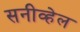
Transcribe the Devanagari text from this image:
सनीव्हेल